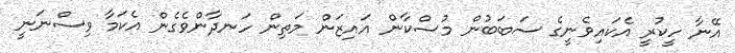
އޭނާ ހީކުރީ އެކައިވެނީގެ ސަބަބުން މުސްކާން އައިޒަން މަތިން ހަނދާންވެގެން އެކަމާ ވިސްނަނީ